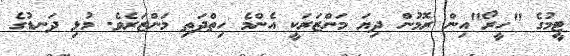
ޓީމުގެ "ހީރޯ"އިން ރޮމުން ދިޔަ މަންޒަރަކީ އެންމެ ހިތްދަތި މަންޒަރެވެ. މުޅި ދަނޑުގެ